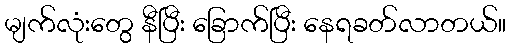
မျက်လုံးတွေ နီပြီး ခြောက်ပြီး နေရခတ်လာတယ်။